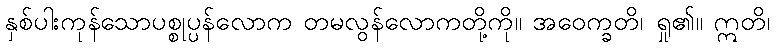
နှစ်ပါးကုန်သောပစ္စုပ္ပန်လောက တမလွန်လောကတို့ကို။ အဝေက္ခတိ၊ ရှု၏။ ဣတိ၊